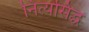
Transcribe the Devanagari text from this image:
नित्यसिद्ध